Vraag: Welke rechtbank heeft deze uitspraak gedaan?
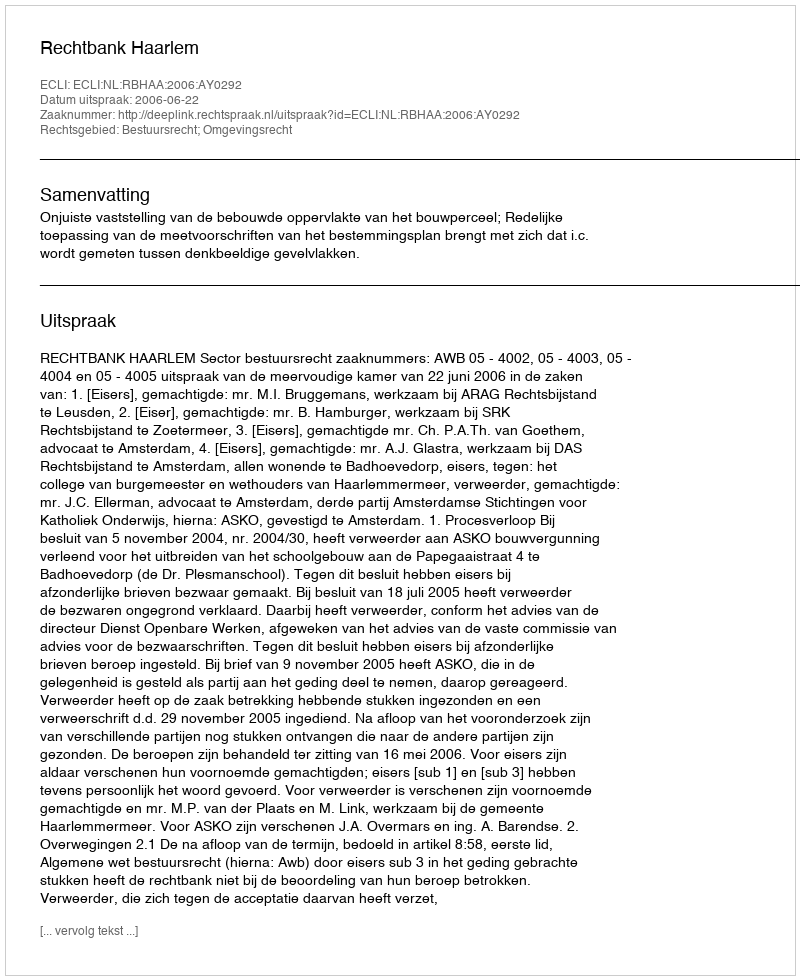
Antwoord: Rechtbank Haarlem